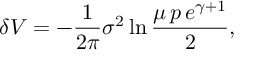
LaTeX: \delta V = - \frac { 1 } { 2 \pi } \sigma ^ { 2 } \ln \frac { \mu \, p \, e ^ { \gamma + 1 } } { 2 } ,